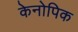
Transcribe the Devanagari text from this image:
केनोपिक